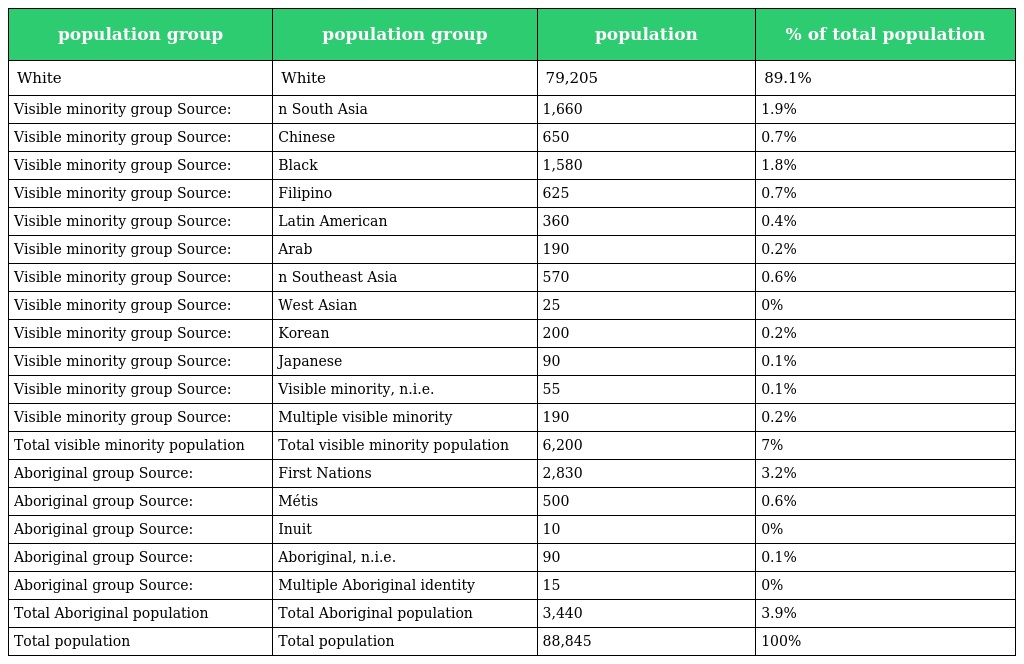
| population group | population group | population | % of total population |
 | --- | --- | --- | --- |
 | White | White | 79,205 | 89.1% |
 | Visible minority group Source: | n South Asia | 1,660 | 1.9% |
 | Visible minority group Source: | Chinese | 650 | 0.7% |
 | Visible minority group Source: | Black | 1,580 | 1.8% |
 | Visible minority group Source: | Filipino | 625 | 0.7% |
 | Visible minority group Source: | Latin American | 360 | 0.4% |
 | Visible minority group Source: | Arab | 190 | 0.2% |
 | Visible minority group Source: | n Southeast Asia | 570 | 0.6% |
 | Visible minority group Source: | West Asian | 25 | 0% |
 | Visible minority group Source: | Korean | 200 | 0.2% |
 | Visible minority group Source: | Japanese | 90 | 0.1% |
 | Visible minority group Source: | Visible minority, n.i.e. | 55 | 0.1% |
 | Visible minority group Source: | Multiple visible minority | 190 | 0.2% |
 | Total visible minority population | Total visible minority population | 6,200 | 7% |
 | Aboriginal group Source: | First Nations | 2,830 | 3.2% |
 | Aboriginal group Source: | Métis | 500 | 0.6% |
 | Aboriginal group Source: | Inuit | 10 | 0% |
 | Aboriginal group Source: | Aboriginal, n.i.e. | 90 | 0.1% |
 | Aboriginal group Source: | Multiple Aboriginal identity | 15 | 0% |
 | Total Aboriginal population | Total Aboriginal population | 3,440 | 3.9% |
 | Total population | Total population | 88,845 | 100% |